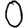
Digit: 0